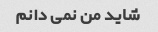
شاید من نمی دانم